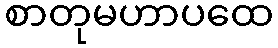
စာတုမဟာပထေ